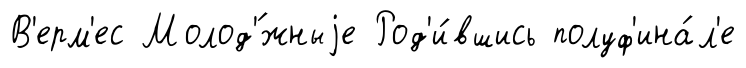
В'ерм'ес Молод'́жныjе Род'и́вшись полуф'ина́л'е